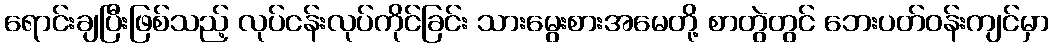
ရောင်းချပြီးဖြစ်သည့် လုပ်ငန်းလုပ်ကိုင်ခြင်း သားမွေးစားအမေတို့ စာတွဲတွင် ဘေးပတ်ဝန်းကျင်မှာ